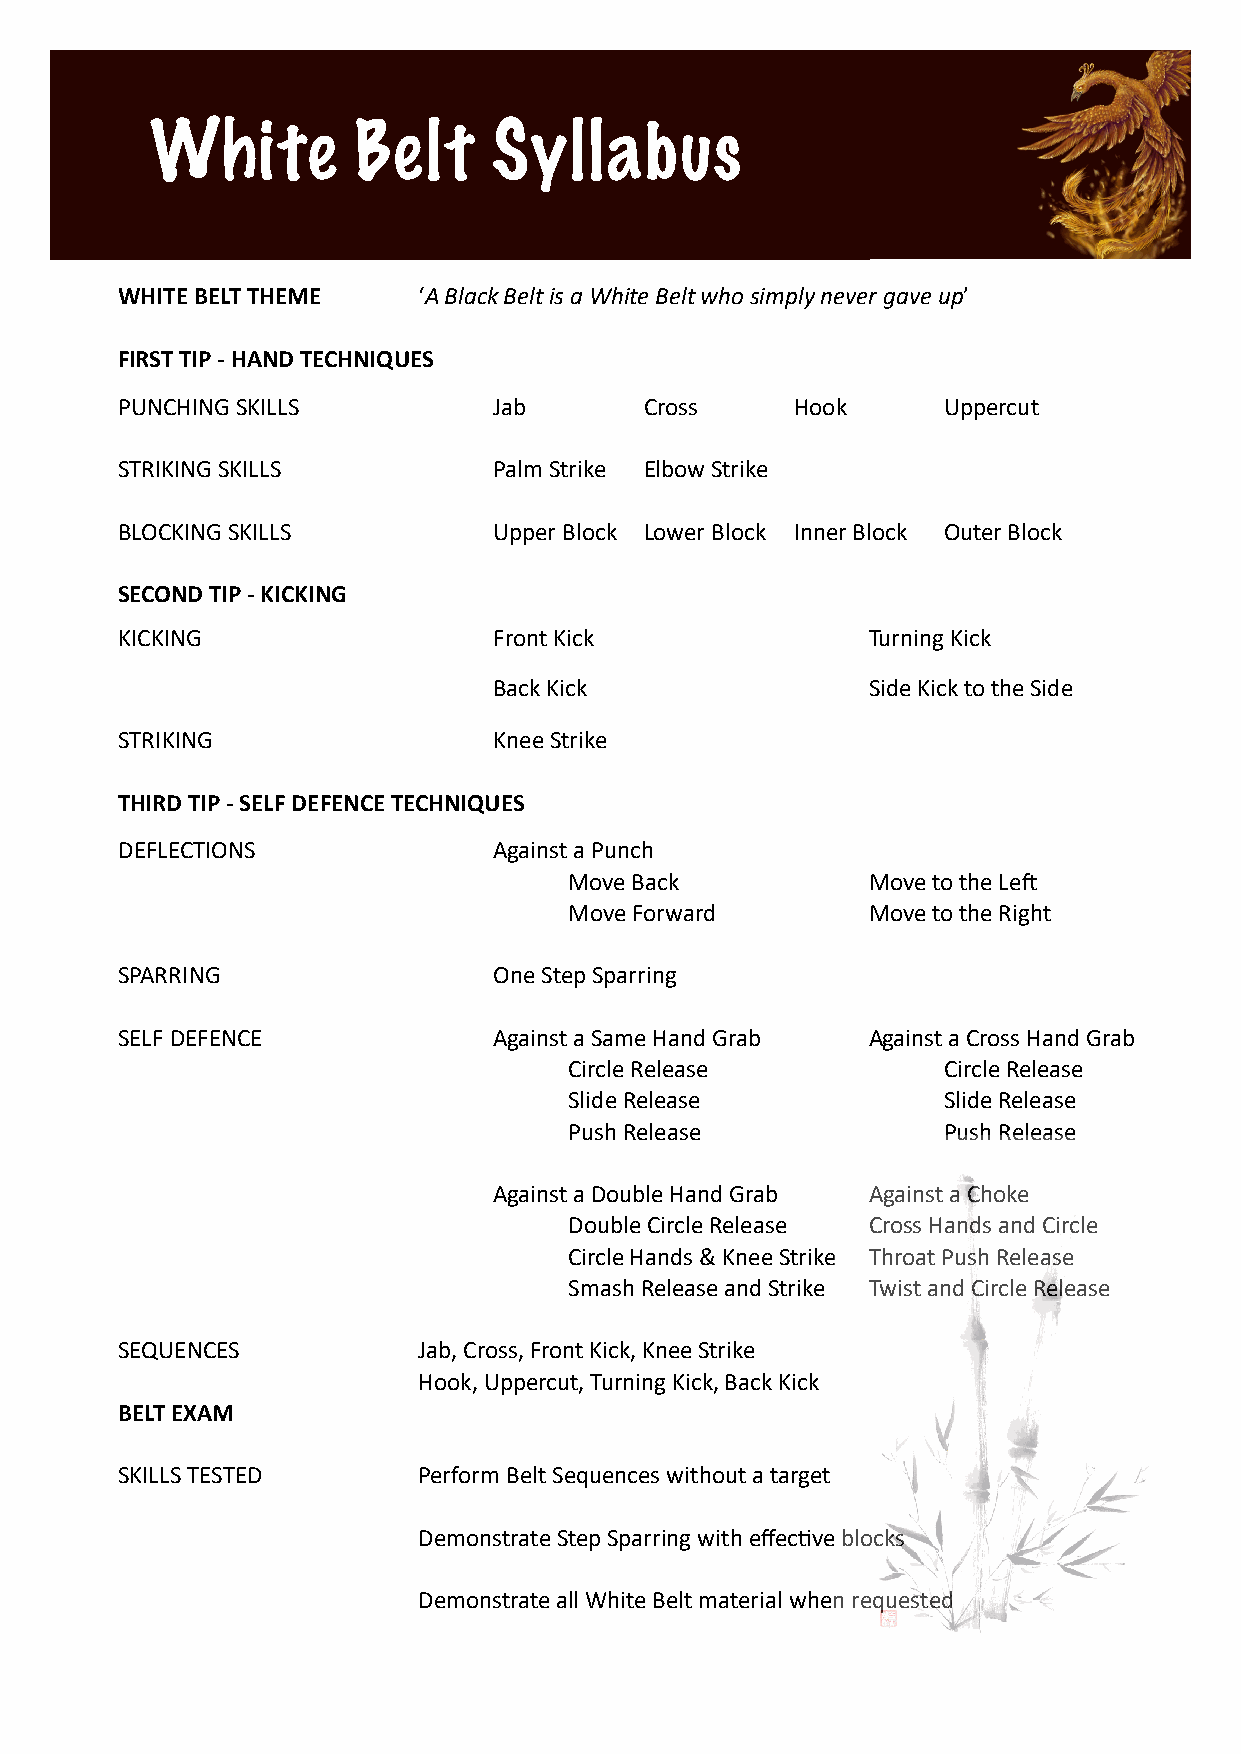
White        Belt      Syllabus
 WHITE BELT THEME    ‘A Black Belt is a White Belt who simply never gave up’
 FIRST TIP - HAND TECHNIQUES
 PUNCHING SKILLS          Jab       Cross     Hook     Uppercut
 STRIKING SKILLS          Palm Strike Elbow Strike
 BLOCKING SKILLS          Upper Block Lower Block Inner Block Outer Block
 SECOND TIP - KICKING
 KICKING                  Front Kick              Turning Kick
 Back Kick               Side Kick to the Side
 STRIKING                 Knee Strike
 THIRD TIP - SELF DEFENCE TECHNIQUES
 DEFLECTIONS              Against a Punch
 Move Back          Move to the LeL
 Move Forward       Move to the Right
 SPARRING                 One Step Sparring
 SELF DEFENCE             Against a Same Hand Grab Against a Cross Hand Grab
 Circle Release          Circle Release
 Slide Release           Slide Release
 Push Release            Push Release
 Against a Double Hand Grab Against a Choke
 Double Circle Release Cross Hands and Circle
 Circle Hands & Knee Strike Throat Push Release
 Smash Release and Strike Twist and Circle Release
 SEQUENCES           Jab, Cross, Front Kick, Knee Strike
 Hook, Uppercut, Turning Kick, Back Kick
 BELT EXAM
 SKILLS TESTED       Perform Belt Sequences without a target
 Demonstrate Step Sparring with effecSve blocks
 Demonstrate all White Belt material when requested